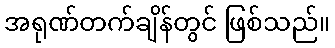
အရုဏ်တက်ချိန်တွင် ဖြစ်သည်။